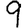
Digit: 9